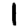
Digit: 1